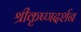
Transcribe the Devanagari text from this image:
श्रीकृष्णदर्शन